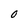
Character: 0